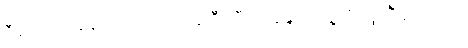
ဒီနည်းနဲ့ပဲ နောက်ကွယ်ကနေ ဦးသီလာနန္ဒက သူ့ကို ကူညီခဲ့ပါတယ်။